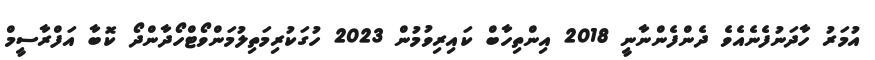
އުމަރު ހާދަނުފެނެއެވެ ދެންފެންނާނީ 2018 އިންތިހާބް ކައިރިވުމުން 2023 ހުގަކުރިމަތިލުމަންވޯޓްހޯދާންދޯ ކޮބާ އަފްރާސީމް